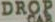
DROP